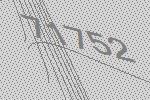
71752